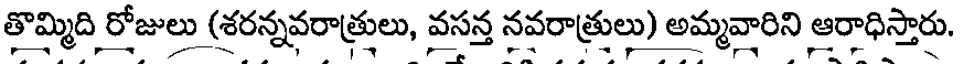
తొమ్మిది రోజులు (శరన్నవరాత్రులు, వసన్త నవరాత్రులు) అమ్మవారిని ఆరాధిస్తారు.